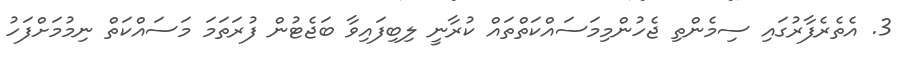
3. އެތެރެފާރުގައި ސިމެންތި ޖެހުންމިމަސައްކަތްތައް ކުރާނީ ލިބިފައިވާ ބަޖެޓުން ފުރަތަމަ މަސައްކަތް ނިމުމަށްފަހު